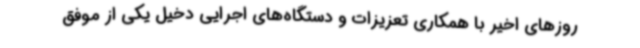
روزهای اخیر با همکاری تعزیزات و دستگاه‌های اجرایی دخیل یکی از موفق